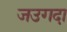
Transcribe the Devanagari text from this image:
जउगदा